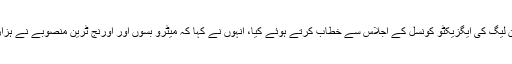
ان خیالات کا اظہار انہوں نے ویمن لیگ کی ایگزیکٹو کونسل کے اجلاس سے خطاب کرتے ہوئے کیا، انہوں نے کہا کہ میٹرو بسوں اور اورنج ٹرین منصوبے نے ہزاروں افراد کو بے گھر کر دیا ہے ۔